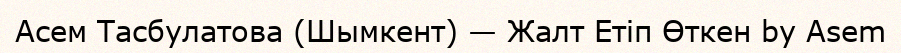
Асем Тасбулатова (Шымкент) — Жалт Етiп Өткен by Asem